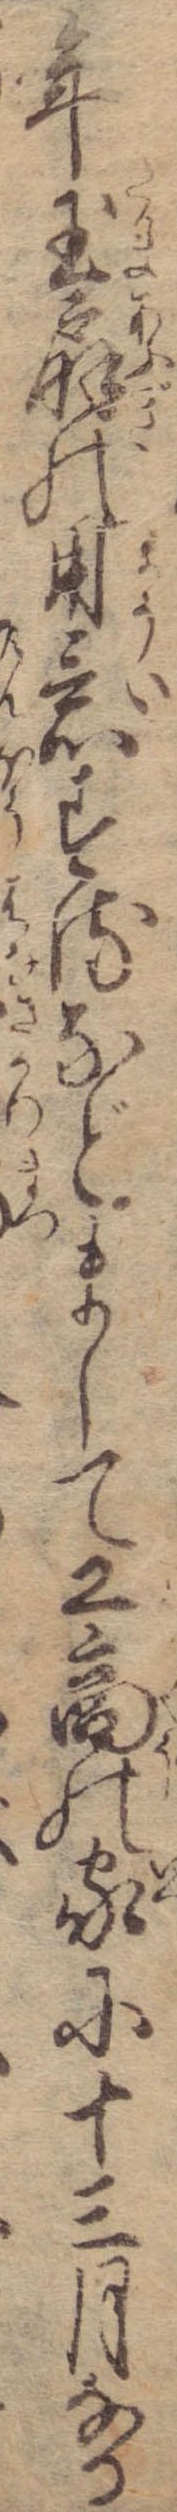
年玉扇の用意するなどまして工商の家に十三月なる